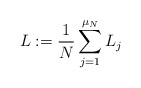
\begin{align*}L := \frac{1}{N} \sum_{j=1}^{\mu_{N}} L_{j}\end{align*}